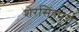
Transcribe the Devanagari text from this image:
शेरसिंहपुरा